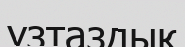
ұзтаздық